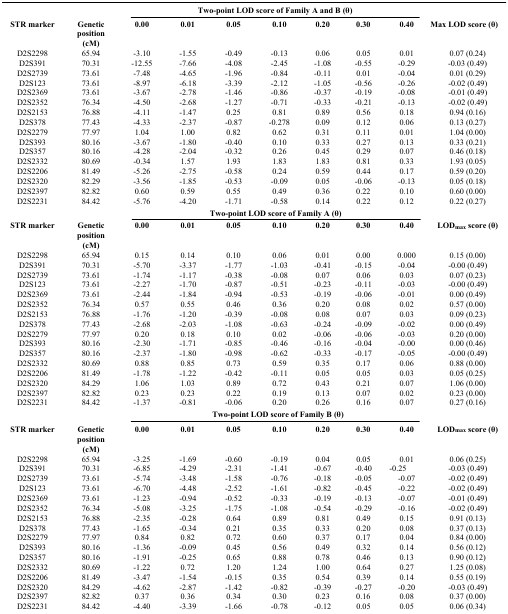
<table><thead><tr><td><b> </b></td><td><b> </b></td><td colspan="7"><b>Two-point LOD score of Family A and B (θ)</b></td><td><b> </b></td></tr><tr><td><b>STR marker</b></td><td><b>Genetic position (cM)</b></td><td><b>0.00</b></td><td><b>0.01</b></td><td><b>0.05</b></td><td><b>0.10</b></td><td><b>0.20</b></td><td><b>0.30</b></td><td><b>0.40</b></td><td><b>Max LOD score (θ)</b></td></tr></thead><tbody><tr><td>D2S2298</td><td>65.94</td><td>-3.10</td><td>-1.55</td><td>-0.49</td><td>-0.13</td><td>0.06</td><td>0.05</td><td>0.01</td><td>0.07 (0.24)</td></tr><tr><td>D2S391</td><td>70.31</td><td>-12.55</td><td>-7.66</td><td>-4.08</td><td>-2.45</td><td>-1.08</td><td>-0.55</td><td>-0.29</td><td>-0.03 (0.49)</td></tr><tr><td>D2S2739</td><td>73.61</td><td>-7.48</td><td>-4.65</td><td>-1.96</td><td>-0.84</td><td>-0.11</td><td>0.01</td><td>-0.04</td><td>0.01 (0.29)</td></tr><tr><td>D2S123</td><td>73.61</td><td>-8.97</td><td>-6.18</td><td>-3.39</td><td>-2.12</td><td>-1.05</td><td>-0.56</td><td>-0.26</td><td>-0.02 (0.49)</td></tr><tr><td>D2S2369</td><td>73.61</td><td>-3.67</td><td>-2.78</td><td>-1.46</td><td>-0.86</td><td>-0.37</td><td>-0.19</td><td>-0.08</td><td>-0.01 (0.49)</td></tr><tr><td>D2S2352</td><td>76.34</td><td>-4.50</td><td>-2.68</td><td>-1.27</td><td>-0.71</td><td>-0.33</td><td>-0.21</td><td>-0.13</td><td>-0.02 (0.49)</td></tr><tr><td>D2S2153</td><td>76.88</td><td>-4.11</td><td>-1.47</td><td>0.25</td><td>0.81</td><td>0.89</td><td>0.56</td><td>0.18</td><td>0.94 (0.16)</td></tr><tr><td>D2S378</td><td>77.43</td><td>-4.33</td><td>-2.37</td><td>-0.87</td><td>-0.278</td><td>0.09</td><td>0.12</td><td>0.06</td><td>0.13 (0.27)</td></tr><tr><td>D2S2279</td><td>77.97</td><td>1.04</td><td>1.00</td><td>0.82</td><td>0.62</td><td>0.31</td><td>0.11</td><td>0.01</td><td>1.04 (0.00)</td></tr><tr><td>D2S393</td><td>80.16</td><td>-3.67</td><td>-1.80</td><td>-0.40</td><td>0.10</td><td>0.33</td><td>0.27</td><td>0.13</td><td>0.33 (0.21)</td></tr><tr><td>D2S357</td><td>80.16</td><td>-4.28</td><td>-2.04</td><td>-0.32</td><td>0.26</td><td>0.45</td><td>0.29</td><td>0.07</td><td>0.46 (0.18)</td></tr><tr><td>D2S2332</td><td>80.69</td><td>-0.34</td><td>1.57</td><td>1.93</td><td>1.83</td><td>1.83</td><td>0.81</td><td>0.33</td><td>1.93 (0.05)</td></tr><tr><td>D2S2206</td><td>81.49</td><td>-5.26</td><td>-2.75</td><td>-0.58</td><td>0.24</td><td>0.59</td><td>0.44</td><td>0.17</td><td>0.59 (0.20)</td></tr><tr><td>D2S2320</td><td>82.29</td><td>-3.56</td><td>-1.85</td><td>-0.53</td><td>-0.09</td><td>0.05</td><td>-0.06</td><td>-0.13</td><td>0.05 (0.18)</td></tr><tr><td>D2S2397</td><td>82.82</td><td>0.60</td><td>0.59</td><td>0.55</td><td>0.49</td><td>0.36</td><td>0.22</td><td>0.10</td><td>0.60 (0.00)</td></tr><tr><td>D2S2231</td><td>84.42</td><td>-5.76</td><td>-4.20</td><td>-1.71</td><td>-0.58</td><td>0.14</td><td>0.22</td><td>0.12</td><td>0.22 (0.27)</td></tr><tr><td><b> </b></td><td><b> </b></td><td colspan="7"><b>Two-point LOD score of Family A (θ)</b></td><td><b> </b></td></tr><tr><td><b>STR marker</b></td><td><b>Genetic position (cM)</b></td><td><b>0.00</b></td><td><b>0.01</b></td><td><b>0.05</b></td><td><b>0.10</b></td><td><b>0.20</b></td><td><b>0.30</b></td><td><b>0.40</b></td><td><b>LOD<sub>max</sub> score (θ)</b></td></tr><tr><td>D2S2298</td><td>65.94</td><td>0.15</td><td>0.14</td><td>0.10</td><td>0.06</td><td>0.01</td><td>0.00</td><td>0.000</td><td>0.15 (0.00)</td></tr><tr><td>D2S391</td><td>70.31</td><td>-5.70</td><td>-3.37</td><td>-1.77</td><td>-1.03</td><td>-0.41</td><td>-0.15</td><td>-0.04</td><td>-0.00 (0.49)</td></tr><tr><td>D2S2739</td><td>73.61</td><td>-1.74</td><td>-1.17</td><td>-0.38</td><td>-0.08</td><td>0.07</td><td>0.06</td><td>0.03</td><td>0.07 (0.23)</td></tr><tr><td>D2S123</td><td>73.61</td><td>-2.27</td><td>-1.70</td><td>-0.87</td><td>-0.51</td><td>-0.23</td><td>-0.11</td><td>-0.03</td><td>-0.00 (0.49)</td></tr><tr><td>D2S2369</td><td>73.61</td><td>-2.44</td><td>-1.84</td><td>-0.94</td><td>-0.53</td><td>-0.19</td><td>-0.06</td><td>-0.01</td><td>0.00 (0.49)</td></tr><tr><td>D2S2352</td><td>76.34</td><td>0.57</td><td>0.55</td><td>0.46</td><td>0.36</td><td>0.20</td><td>0.08</td><td>0.02</td><td>0.57 (0.00)</td></tr><tr><td>D2S2153</td><td>76.88</td><td>-1.76</td><td>-1.20</td><td>-0.39</td><td>-0.08</td><td>0.08</td><td>0.07</td><td>0.03</td><td>0.09 (0.23)</td></tr><tr><td>D2S378</td><td>77.43</td><td>-2.68</td><td>-2.03</td><td>-1.08</td><td>-0.63</td><td>-0.24</td><td>-0.09</td><td>-0.02</td><td>0.00 (0.49)</td></tr><tr><td>D2S2279</td><td>77.97</td><td>0.20</td><td>0.18</td><td>0.10</td><td>0.02</td><td>-0.06</td><td>-0.06</td><td>-0.03</td><td>0.20 (0.00)</td></tr><tr><td>D2S393</td><td>80.16</td><td>-2.30</td><td>-1.71</td><td>-0.85</td><td>-0.46</td><td>-0.16</td><td>-0.04</td><td>-0.00</td><td>0.00 (0.46)</td></tr><tr><td>D2S357</td><td>80.16</td><td>-2.37</td><td>-1.80</td><td>-0.98</td><td>-0.62</td><td>-0.33</td><td>-0.17</td><td>-0.05</td><td>-0.00 (0.49)</td></tr><tr><td>D2S2332</td><td>80.69</td><td>0.88</td><td>0.85</td><td>0.73</td><td>0.59</td><td>0.35</td><td>0.17</td><td>0.06</td><td>0.88 (0.00)</td></tr><tr><td>D2S2206</td><td>81.49</td><td>-1.78</td><td>-1.22</td><td>-0.42</td><td>-0.11</td><td>0.05</td><td>0.05</td><td>0.03</td><td>0.05 (0.25)</td></tr><tr><td>D2S2320</td><td>84.29</td><td>1.06</td><td>1.03</td><td>0.89</td><td>0.72</td><td>0.43</td><td>0.21</td><td>0.07</td><td>1.06 (0.00)</td></tr><tr><td>D2S2397</td><td>82.82</td><td>0.23</td><td>0.23</td><td>0.22</td><td>0.19</td><td>0.13</td><td>0.07</td><td>0.02</td><td>0.23 (0.00)</td></tr><tr><td>D2S2231</td><td>84.42</td><td>-1.37</td><td>-0.81</td><td>-0.06</td><td>0.20</td><td>0.26</td><td>0.16</td><td>0.07</td><td>0.27 (0.16)</td></tr><tr><td><b> </b></td><td><b> </b></td><td colspan="7"><b>Two-point LOD score of Family B (θ)</b></td><td><b> </b></td></tr><tr><td><b>STR marker</b></td><td><b>Genetic position (cM)</b></td><td><b>0.00</b></td><td><b>0.01</b></td><td><b>0.05</b></td><td><b>0.10</b></td><td><b>0.20</b></td><td><b>0.30</b></td><td><b>0.40</b></td><td><b>LOD<sub>max</sub> score (θ)</b></td></tr><tr><td>D2S2298</td><td>65.94</td><td>-3.25</td><td>-1.69</td><td>-0.60</td><td>-0.19</td><td>0.04</td><td>0.05</td><td>0.01</td><td>0.06 (0.25)</td></tr><tr><td>D2S391</td><td>70.31</td><td>-6.85</td><td>-4.29</td><td>-2.31</td><td>-1.41</td><td>-0.67</td><td>-0.40</td><td> -0.25</td><td>-0.03 (0.49)</td></tr><tr><td>D2S2739</td><td>73.61</td><td>-5.74</td><td>-3.48</td><td>-1.58</td><td>-0.76</td><td>-0.18</td><td>-0.05</td><td>-0.07</td><td>-0.02 (0.49)</td></tr><tr><td>D2S123</td><td>73.61</td><td>-6.70</td><td>-4.48</td><td>-2.52</td><td>-1.61</td><td>-0.82</td><td>-0.45</td><td>-0.22</td><td>-0.02 (0.49)</td></tr><tr><td>D2S2369</td><td>73.61</td><td>-1.23</td><td>-0.94</td><td>-0.52</td><td>-0.33</td><td>-0.19</td><td>-0.13</td><td>-0.07</td><td>-0.01 (0.49)</td></tr><tr><td>D2S2352</td><td>76.34</td><td>-5.08</td><td>-3.25</td><td>-1.75</td><td>-1.08</td><td>-0.54</td><td>-0.29</td><td>-0.16</td><td>-0.02 (0.49)</td></tr><tr><td>D2S2153</td><td>76.88</td><td>-2.35</td><td>-0.28</td><td>0.64</td><td>0.89</td><td>0.81</td><td>0.49</td><td>0.15</td><td>0.91 (0.13)</td></tr><tr><td>D2S378</td><td>77.43</td><td>-1.65</td><td>-0.34</td><td>0.21</td><td>0.35</td><td>0.33</td><td>0.20</td><td>0.08</td><td>0.37 (0.13)</td></tr><tr><td>D2S2279</td><td>77.97</td><td>0.84</td><td>0.82</td><td>0.72</td><td>0.60</td><td>0.37</td><td>0.17</td><td>0.04</td><td>0.84 (0.00)</td></tr><tr><td>D2S393</td><td>80.16</td><td>-1.36</td><td>-0.09</td><td>0.45</td><td>0.56</td><td>0.49</td><td>0.32</td><td>0.14</td><td>0.56 (0.12)</td></tr><tr><td>D2S357</td><td>80.16</td><td>-1.91</td><td>-0.25</td><td>0.65</td><td>0.88</td><td>0.78</td><td>0.46</td><td>0.13</td><td>0.90 (0.12)</td></tr><tr><td>D2S2332</td><td>80.69</td><td>-1.22</td><td>0.72</td><td>1.20</td><td>1.24</td><td>1.00</td><td>0.64</td><td>0.27</td><td>1.25 (0.08)</td></tr><tr><td>D2S2206</td><td>81.49</td><td>-3.47</td><td>-1.54</td><td>-0.15</td><td>0.35</td><td>0.54</td><td>0.39</td><td>0.14</td><td>0.55 (0.19)</td></tr><tr><td>D2S2320</td><td>84.29</td><td>-4.62</td><td>-2.87</td><td>-1.42</td><td>-0.82</td><td>-0.39</td><td>-0.27</td><td>-0.20</td><td>-0.03 (0.49)</td></tr><tr><td>D2S2397</td><td>82.82</td><td>0.37</td><td>0.36</td><td>0.34</td><td>0.30</td><td>0.23</td><td>0.16</td><td>0.08</td><td>0.37 (0.00)</td></tr><tr><td>D2S2231</td><td>84.42</td><td>-4.40</td><td>-3.39</td><td>-1.66</td><td>-0.78</td><td>-0.12</td><td>0.05</td><td>0.05</td><td>0.06 (0.34)</td></tr></tbody></table>